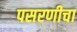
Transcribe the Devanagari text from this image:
पसरणीचा